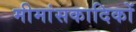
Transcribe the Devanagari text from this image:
मीमांसकादिकों